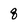
Character: q